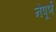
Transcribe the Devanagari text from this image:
नेपूर्ण